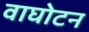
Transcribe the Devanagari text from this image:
वाघोटन